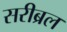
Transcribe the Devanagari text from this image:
सरीब्रल